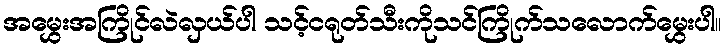
အမွှေးအကြိုင်လဲလှယ်ပါ သင့်ငရုတ်သီးကိုသင်ကြိုက်သလောက်မွှေးပါ။